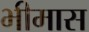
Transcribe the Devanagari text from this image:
भीमास